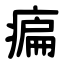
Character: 㾫